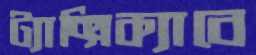
ট্যাক্সিক্যাবে